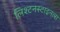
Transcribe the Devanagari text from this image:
लिश्टनस्टाइनला